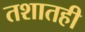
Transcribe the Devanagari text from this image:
तशातही